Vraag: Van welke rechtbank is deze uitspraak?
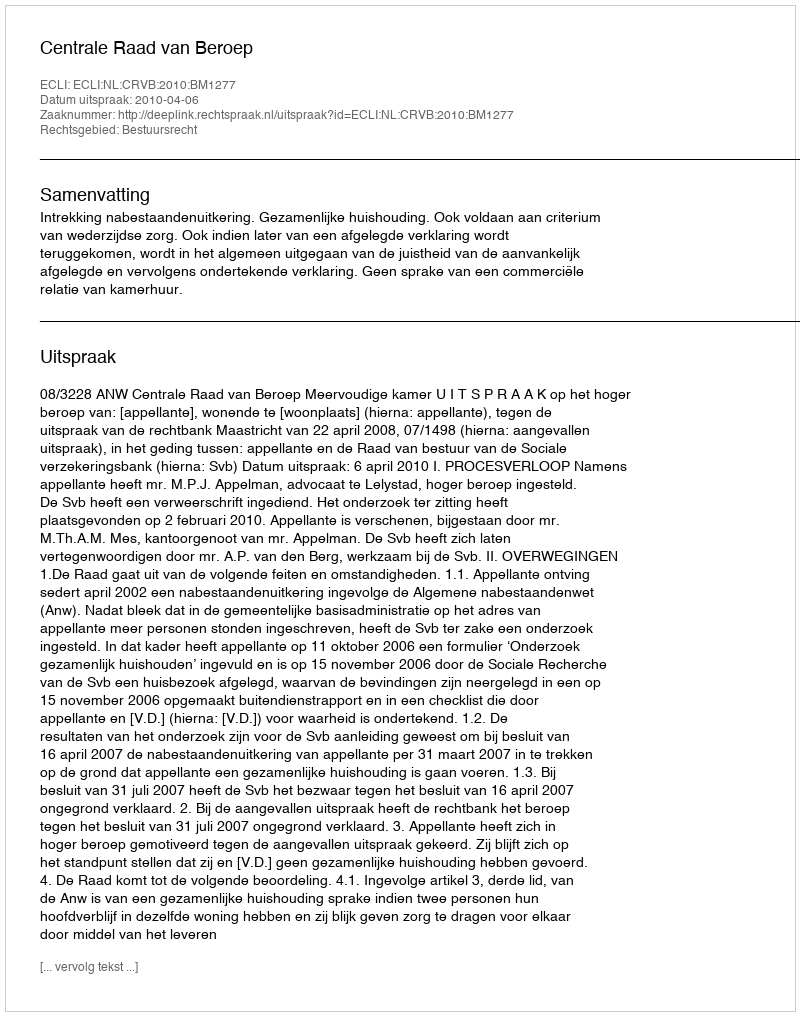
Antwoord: Centrale Raad van Beroep